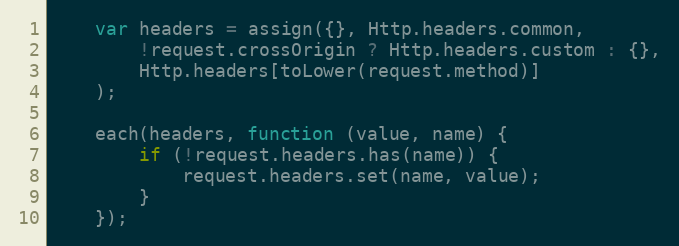
Language: JavaScript
    var headers = assign({}, Http.headers.common,
        !request.crossOrigin ? Http.headers.custom : {},
        Http.headers[toLower(request.method)]
    );

    each(headers, function (value, name) {
        if (!request.headers.has(name)) {
            request.headers.set(name, value);
        }
    });